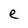
Character: e